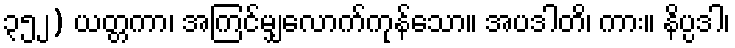
၃၅၂) ယတ္တကာ၊ အကြင်မျှလောက်ကုန်သော။ အပဒါတိ၊ ကား။ နိပ္ပဒါ၊